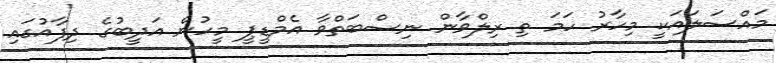
މައްސަލައަކީ މިހާރު ހަމަ ތި ރިލްވާން ނިސްބަތްވާ އެމްޑީޕީ މީހުން އަދީބުގެ ދިފާއުގައި